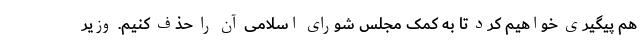
هم پیگیری خواهیم کرد تا به کمک مجلس شورای اسلامی آن را حذف کنیم. وزیر